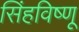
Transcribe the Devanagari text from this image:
सिंहविष्णू